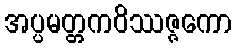
အပ္ပမတ္တကဝိဿဇ္ဇကော